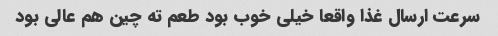
سرعت ارسال غذا واقعا خیلی خوب بود طعم ته چین هم عالی بود